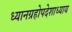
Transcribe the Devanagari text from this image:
ध्यानग्रहोपदेशाध्याय